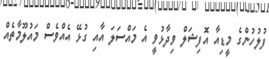
ފުލުހުންގެ މީޑިއާ އޮފިޝަލް ވިދާޅުވީ އެ މައްސަލަ އާއި ގުޅޭ އެއްވެސް މައުލޫމާތެއް